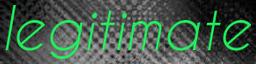
legitimate